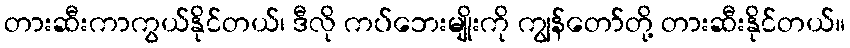
တားဆီးကာကွယ်နိုင်တယ်၊ ဒီလို ကပ်ဘေးမျိုးကို ကျွန်တော်တို့ တားဆီးနိုင်တယ်။